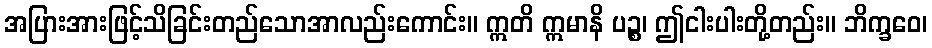
အပြားအားဖြင့်သိခြင်းတည်သောအာလည်းကောင်း။ ဣတိ ဣမာနိ ပဉ္စ၊ ဤငါးပါးတို့တည်း။ ဘိက္ခဝေ၊